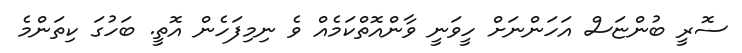
ސޮރީ ބުންޏަސް އަހަންނަށް ހީވަނީ ވާންއޮތްކަމެއް ވެ ނިމިފަހެން އޮތީ. ބަހުގަ ކިތަންމެ